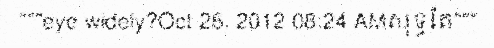
"""eye widely?Oct 26, 2012 08:24 AMសុទ្ធតែ"""